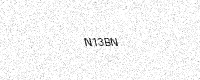
Text: N13BN